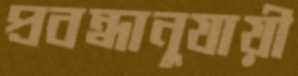
প্রবন্ধানুযায়ী